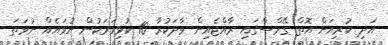
އަދި ކުރިއަށް އޮތް ގޭމްސްގައި ރާއްޖެއިން ވާދަކުރާ 10 ކުޅިވަރަކުން ނުވައެއް ނުވަތަ